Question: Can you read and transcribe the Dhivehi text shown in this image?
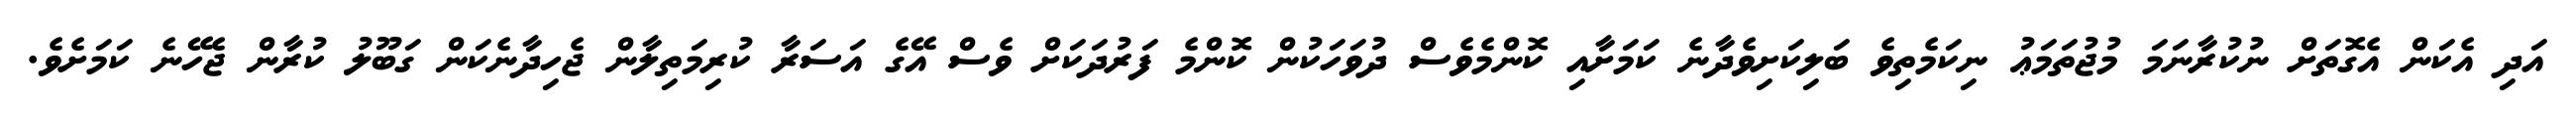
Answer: އަދި އެކަން އެގޮތަށް ނުކުރާނަމަ މުޖުތަމަޢު ނިކަމެތިވެ ބަލިކަށިވެދާނެ ކަމަށާއި ކޮންމެވެސް ދުވަހަކުން ކޮންމެ ފަރުދަކަށް ވެސް އޭގެ އަސަރާ ކުރިމަތިލާން ޖެހިދާނެކަން ގަބޫލު ކުރާން ޖެހޭނެ ކަމަށެވެ.